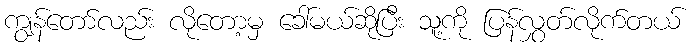
ကျွန်တော်လည်း လိုတော့မှ ခေါ်မယ်ဆိုပြီး သူ့ကို ပြန်လွှတ်လိုက်တယ်